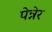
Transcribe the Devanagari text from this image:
पेन्नेर